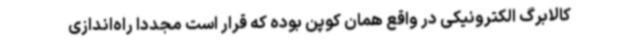
کالابرگ الکترونیکی در واقع همان کوپن بوده که قرار است مجددا راه‌اندازی